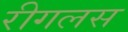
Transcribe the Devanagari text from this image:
रीगलस